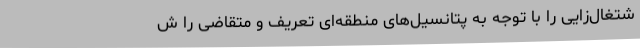
شتغال‌زایی را با توجه به پتانسیل‌های منطقه‌ای تعریف و متقاضی را ش